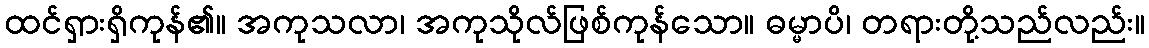
ထင်ရှားရှိကုန်၏။ အကုသလာ၊ အကုသိုလ်ဖြစ်ကုန်သော။ ဓမ္မာပိ၊ တရားတို့သည်လည်း။